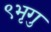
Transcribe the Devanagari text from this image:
९भृगु